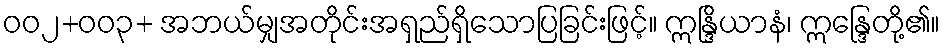
ဝဝ၂+ဝဝ၃+ အဘယ်မျှအတိုင်းအရှည်ရှိသောပြခြင်းဖြင့်။ ဣန္ဒြိယာနံ၊ ဣန္ဒြေတို့၏။